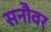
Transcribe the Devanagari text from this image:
सनौवर